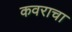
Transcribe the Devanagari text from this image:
कवराचा